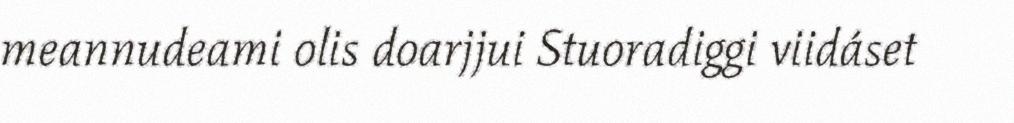
meannudeami olis doarjjui Stuoradiggi viidáset